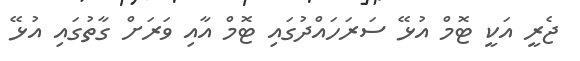
ޖެރީ އަކީ ޓޮމް އުޅޭ ސަރަހައްދުގައި ޓޮމް އާއި ވަރަށް ގާތުގައި އުޅޭ